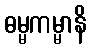
ဓမ္မကမ္မာနိ